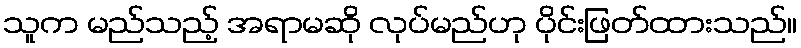
သူက မည်သည့် အရာမဆို လုပ်မည်ဟု ပိုင်းဖြတ်ထားသည်။